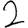
Digit: 2